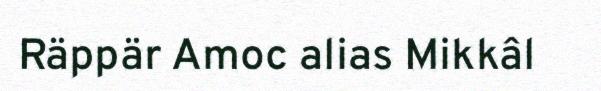
Räppär Amoc alias Mikkâl